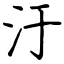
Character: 汙